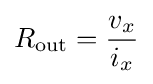
R_{\mathrm {out} }={\frac {v_{x}}{i_{x}}}